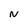
Character: N